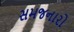
સમજનારો